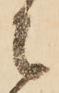
者